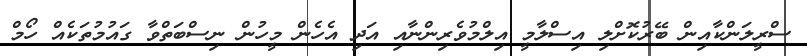
ސްރީލަންކާއިން ބޭރުކޮށްލި އިސްލާމީ އިލްމުވެރިންނާއި އަދި އެހެން މީހުން ނިސްބަތްވާ ގައުމުތަކެއް ހޯމް